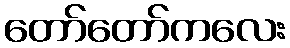
တော်တော်ကလေး